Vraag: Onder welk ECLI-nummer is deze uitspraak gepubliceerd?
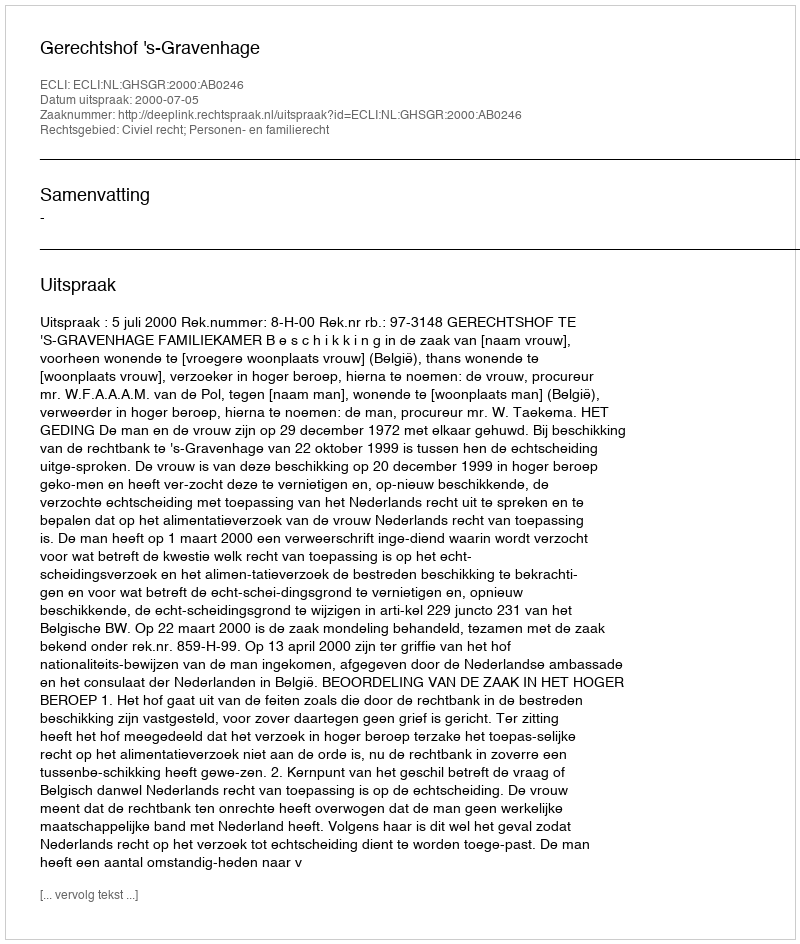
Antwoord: ECLI:NL:GHSGR:2000:AB0246